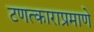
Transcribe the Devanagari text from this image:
टणत्काराप्रमाणे